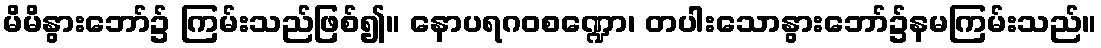
မိမိနွားဘော်၌ ကြမ်းသည်ဖြစ်၍။ နောပရဂဝစဏ္ဍော၊ တပါးသောနွားဘော်၌နမကြမ်းသည်။